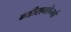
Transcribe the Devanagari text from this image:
न्यीरागोन्गो